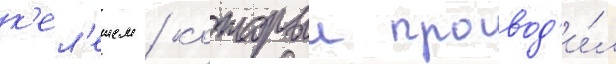
к'ел'ешем / которыи провод'и́л